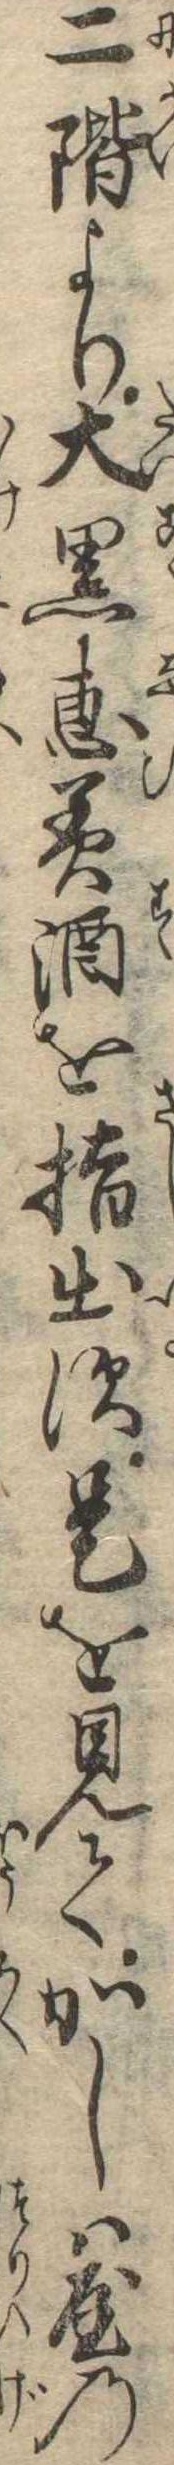
二階より大黒恵美酒を指出す是を見てかしは屋の